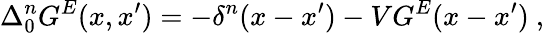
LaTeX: \Delta_{0}^{n}G^{E}(x,x^{\prime})=-\delta^{n}(x-x^{\prime})-VG^{E}(x-x^{\prime})\ ,